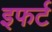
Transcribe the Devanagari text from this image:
इफर्ट